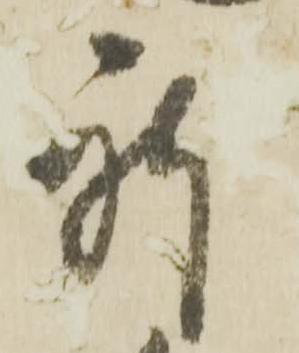
躰